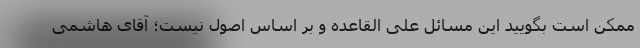
ممکن است بگویید این مسائل علی القاعده و بر اساس اصول نیست؛ آقای هاشمی